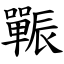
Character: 辴